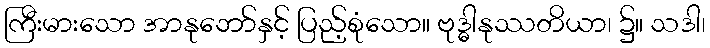
ကြီးမားသော အာနုဘော်နှင့် ပြည့်စုံသော။ ဗုဒ္ဓါနုဿတိယာ၊ ၌။ သဒါ၊